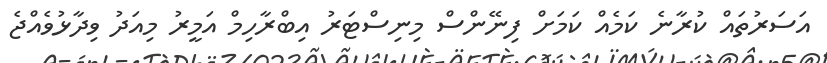
އަސަރުތައް ކުރާނެ ކަމެއް ކަމަށް ފިނޭންސް މިނިސްޓަރު އިބްރާހިމް އަމީރު މިއަދު ވިދާޅުވެއްޖެ